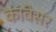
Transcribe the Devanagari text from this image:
कावेसर